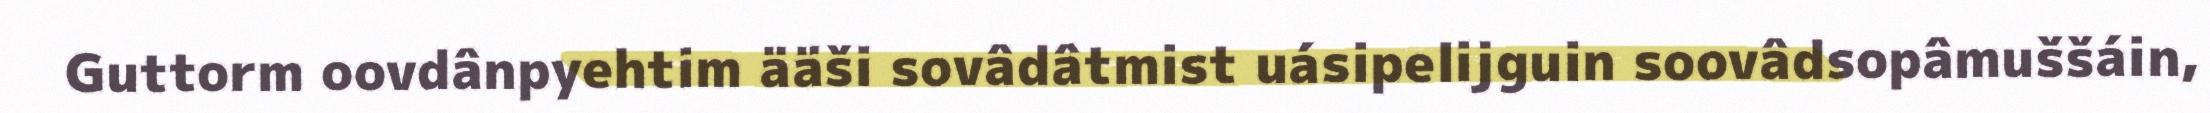
Guttorm oovdânpyehtim ääši sovâdâtmist uásipelijguin soovâdsopâmuššáin,